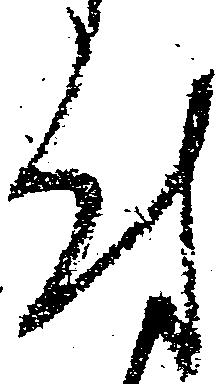
付